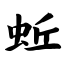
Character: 蚯